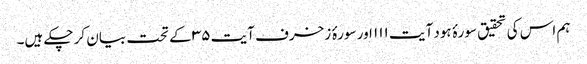
ہم اس کی تحقیق سورۂ ہود آیت ۱۱۱ اور سورۂ زخرف آیت ۳۵ کے تحت بیان کر چکے ہیں۔